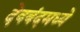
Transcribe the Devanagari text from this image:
देवबंदमध्ये